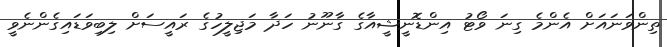
ތިންވަނައަށް އެންމެ ގިނަ ވޯޓު އިންޑޮނީޝީއާގެ ގާނޫނު ހަދާ މަޖިލީހުގެ ރައީސަށް ލިބިވަޑައިގެންނެވީ